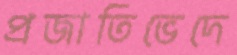
প্রজাতিভেদে